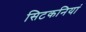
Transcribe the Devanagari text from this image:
सिटकनियां